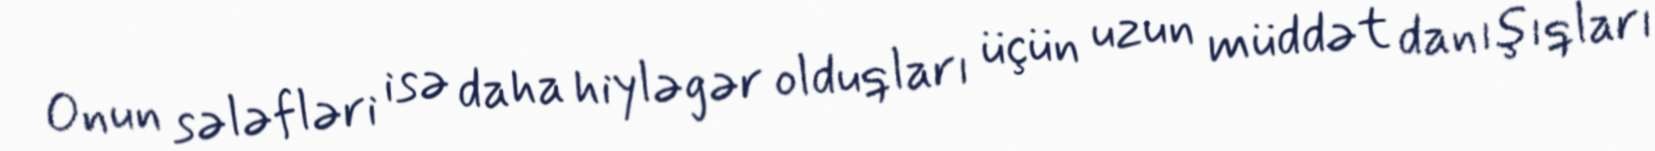
Onun sələfləri isə daha hiyləgər olduqları üçün uzun müddət danışıqları